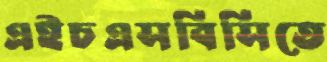
এইচএসবিসিতে